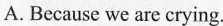
A. Because we are crying.